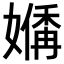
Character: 𪦣